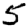
Digit: 5